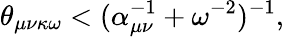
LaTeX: \theta_{\mu\nu\kappa\omega}<(\alpha_{\mu\nu}^{-1}+\omega^{-2})^{-1},